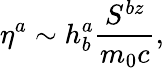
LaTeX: \eta^{a}\sim h_{b}^{a}\frac{S^{bz}}{m_{0}c},